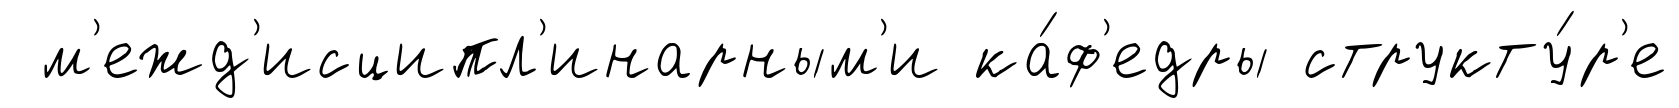
м'ежд'исципл'инарным'и ка́ф'едры структу́р'е